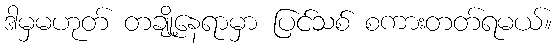
ဒါမှမဟုတ် တချို့နေရာမှာ ပြင်သစ် စကားတတ်ရမယ်။